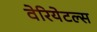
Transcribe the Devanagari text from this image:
वेरियेटल्स